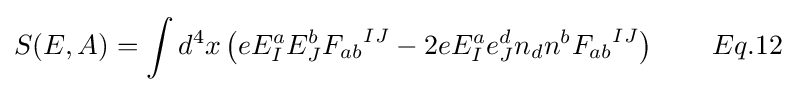
S(E,A)=\int d^{4}x\left(eE_{I}^{a}E_{J}^{b}{F_{ab}}^{IJ}-2eE_{I}^{a}e_{J}^{d}n_{d}n^{b}{F_{ab}}^{IJ}\right)\qquad Eq.12